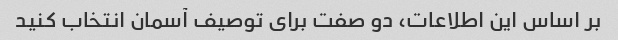
بر اساس این اطلاعات، دو صفت برای توصیف آسمان انتخاب کنید